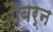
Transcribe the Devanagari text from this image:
औबर्न